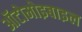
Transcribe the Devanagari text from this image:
ऑटोमोइबाइल